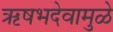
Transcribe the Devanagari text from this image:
ऋषभदेवामुळे